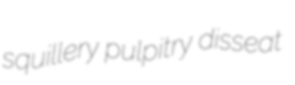
squillery pulpitry disseat